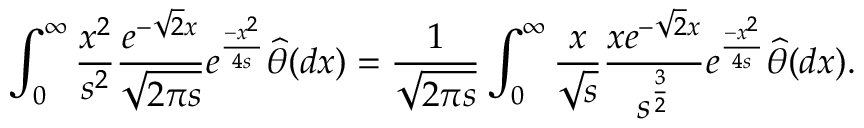
\int _ { 0 } ^ { \infty } \frac { x ^ { 2 } } { s ^ { 2 } } \frac { e ^ { - \sqrt { 2 } x } } { \sqrt { 2 \pi s } } e ^ { \frac { - x ^ { 2 } } { 4 s } } \widehat { \theta } ( d x ) = \frac { 1 } { \sqrt { 2 \pi s } } \int _ { 0 } ^ { \infty } \frac { x } { \sqrt { s } } \frac { x e ^ { - \sqrt { 2 } x } } { s ^ { \frac { 3 } { 2 } } } e ^ { \frac { - x ^ { 2 } } { 4 s } } \widehat { \theta } ( d x ) .